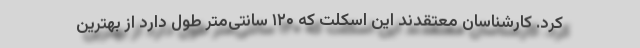
کرد. کارشناسان معتقدند این اسکلت که ۱۲۰ سانتی‌متر طول دارد از بهترین